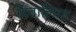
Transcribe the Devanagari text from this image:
दितालिया